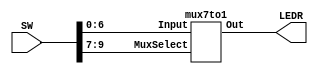
`timescale 1ns / 1ns // `timescale time_unit/time_precision


/* top-level entity for 7 to 1 multiplexer */
module lab3Part1 (input [9:0] SW, output [0:0] LEDR);
				
				/* 
				 * SW[6:0] are the data inputs
				 * SW[9:7] are the select signals
				 * LEDR[0] is the output
				 */
				 
				mux7to1 C1 (.Input(SW[6:0]), .MuxSelect(SW[9:7]), .Out(LEDR[0]));
				
endmodule // lab3Part1


/* 7 to 1 multiplexer module */
module mux7to1 (input [6:0] Input, input [2:0] MuxSelect, output Out);
				
				reg muxOut; // output of the always block
				
				/*
				 * always statement implementing the 
				 * the combinational logic for selecting signals
				 */
				
				always @(*)
				begin
					case (MuxSelect[2:0])
					
						3'b000: muxOut = Input[0]; // input signal 1
						3'b001: muxOut = Input[1]; // input signal 2
						3'b010: muxOut = Input[2]; // input signal 3
						3'b011: muxOut = Input[3]; // input signal 4
						3'b100: muxOut = Input[4]; // input signal 5
						3'b101: muxOut = Input[5]; // input signal 6
						3'b110: muxOut = Input[6]; // input signal 7
						default: muxOut = 1'b0; // default case
					
					endcase
				end
				
				assign Out = muxOut;
				
endmodule // mux7to1